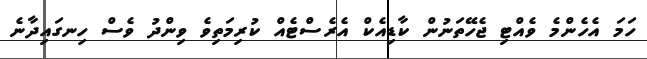
ހަމަ އެހެންމެ ވެއްޓި ޖެހޭތަނުން ކާޑިއެކް އެރެސްޓެއް ކުރިމަތިވެ ވިންދު ވެސް ހިނގައިދާނެ